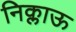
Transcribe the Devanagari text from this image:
निक्लाऊ